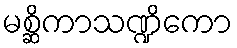
မစ္ဆိကာသဏ္ဍိကော